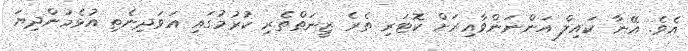
އެވެ. އޭނާ ކައިލް އަންނަންވާއިރަށް ކޮޓަރި ތެރެ ޒީނަތްތެރި ކުރުމުގައި އަވަދިނެތި އުޅެމުންދިޔަ